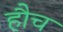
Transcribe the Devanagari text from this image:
हौच